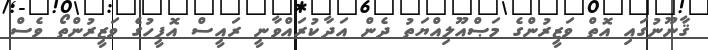
ޤާނޫނުގައި އޮތް ވަޒީރުންގެ މަޞްއޫލިއްޔަތު ދެން އަދާކުރައްވާނީ ރައީސް އޮފީހުގެ ވަޒީރުންތޯ ވެސް